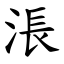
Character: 涱